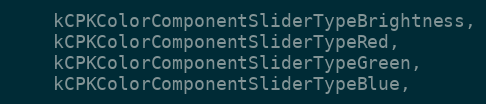
Language: C
    kCPKColorComponentSliderTypeBrightness,
    kCPKColorComponentSliderTypeRed,
    kCPKColorComponentSliderTypeGreen,
    kCPKColorComponentSliderTypeBlue,